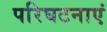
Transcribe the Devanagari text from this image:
परिघटनाएं